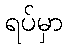
ရပ်မှာ